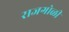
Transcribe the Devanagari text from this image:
राजगोळी